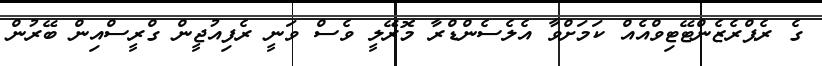
ގެ ރެޕްރެޒެންޓޭޓިވްއެއް ކަމަށްވާ އެލެސެންޑްރާ މޮރޭލީ ވެސް ވަނީ ރެފިއުޖީން ގްރީސްއިން ބޭރުން